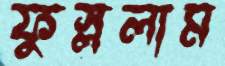
ফুস্‌ললাম